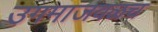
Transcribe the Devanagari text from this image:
उगमाजवळच